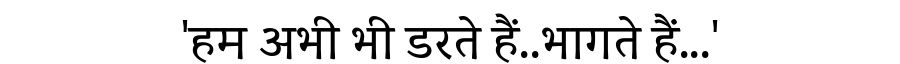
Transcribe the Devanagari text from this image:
'हम अभी भी डरते हैं..भागते हैं...'